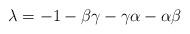
LaTeX: \begin{align*}\lambda = -1-\beta \gamma - \gamma \alpha -\alpha \beta\end{align*}